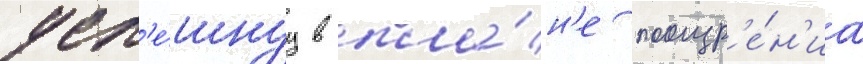
усп'е́шнуу в пла́н'е поощр'е́н'иа